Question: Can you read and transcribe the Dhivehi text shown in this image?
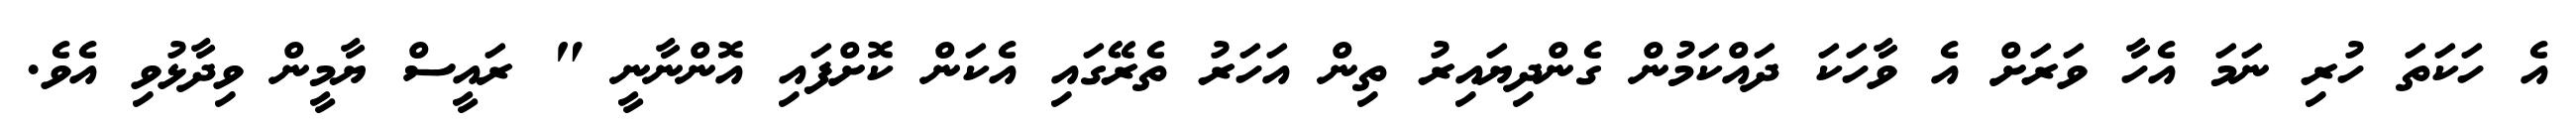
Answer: އެ ހަކަތަ ހުރި ނަމަ އެހާ ވަރަށް އެ ވާހަކަ ދައްކަމުން ގެންދިޔައިރު ތިން އަހަރު ތެރޭގައި އެކަން ކޮށްފައި އޮންނާނީ " ރައީސް ޔާމީން ވިދާޅުވި އެވެ.